Civil Veterinary Department Bihar reports 1940-50 - 1940-1950
Year: 1940
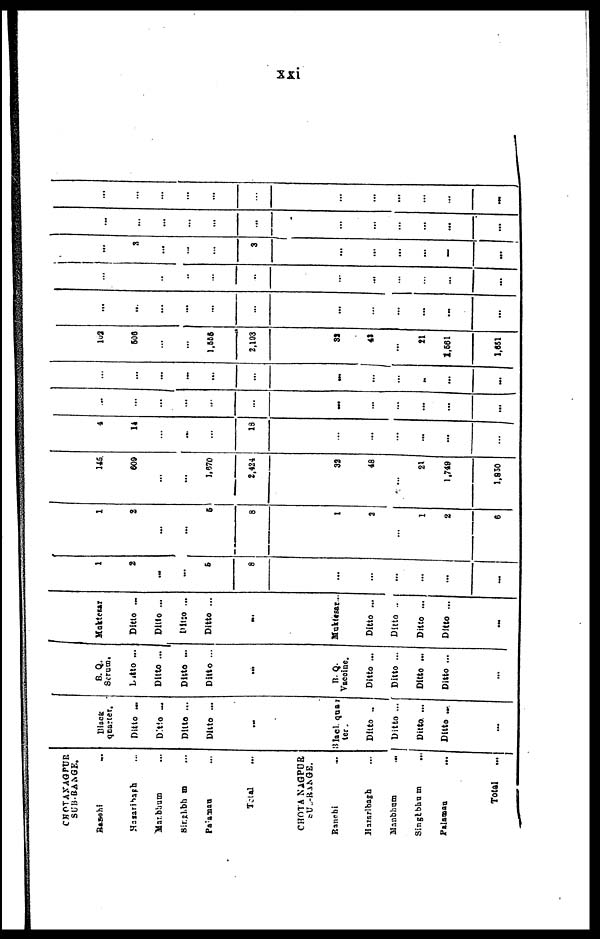
xxi
CHOTANAGPUR
SUB-RANGE.
Ranchi
...
Hazaribagh ...
Manbhum ...
Singhbhum ...
Palamau ...
Total ...
CHOTANAGPUR
SUB-RANGE.
Ranchi
...
Hazarlbagh ...
Manbhum
...
Singhbhum
...
Palamau
...
Total
...
Black
quarter.
Ditto ...
Ditto ...
Ditto ...
Ditto ...
...
Black quar
ter
Ditto ..
Ditto ...
Ditto. ...
Ditto ...
...
B.Q.
Serum.
Ditto ...
Ditto ...
Ditto ...
Ditto ...
...
B.Q.
Vaccine.
Ditto ...
Ditto ...
Ditto ...
Ditto ...
...
Muktesar
Ditto ...
Ditto ...
Ditto ...
Ditto ...
...
Muktesar...
Ditto ...
Ditto ..
Ditto ...
Ditto ...
...
1
2
...
...
5
8
...
...
...
...
...
...
1
2
...
...
6
8
1
2
...
1
2
6
145
600
...
...
1.570
2,424
32
48
...
21
1.749
1,830
4
14
...
...
...
18
...
...
...
...
...
...
...
...
...
...
...
...
...
...
...
...
...
...
...
...
...
...
...
...
...
...
...
..
...
...
102
500
...
...
1,655
2,193
32
41
...
21
1,661
1,651
...
...
...
...
...
...
...
...
...
...
...
...
...
...
...
...
...
...
...
...
...
...
...
...
...
3
...
...
...
3
...
...
...
...
...
...
...
...
...
...
...
...
...
...
...
...
...
...
...
...
...
...
...
...
...
...
...
...
...